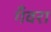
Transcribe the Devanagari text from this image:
गँवरा